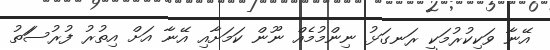
އޭނާ ވަކިކުރުމަކީ ރަނގަޅު ނިންމުމެއް ނޫން ކަމަށާއި އޭނާ އަށް އިތުރު ފުރުސަަތު